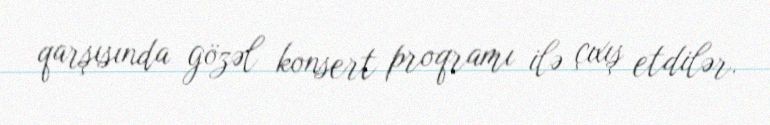
qarşısında gözəl konsert proqramı ilə çıxış etdilər.